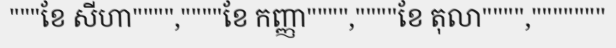
"""ខែ សីហា"""",""""ខែ កញ្ញា"""",""""ខែ តុលា"""","""""""